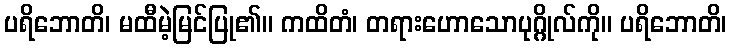
ပရိဘောတိ၊ မထီမဲ့မြင်ပြု၏။ ကထိတံ၊ တရားဟောသောပုဂ္ဂိုလ်ကို။ ပရိဘောတိ၊